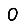
Digit: 0